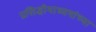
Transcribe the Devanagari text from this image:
प्रसिद्धीमाध्यमांच्या